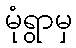
မုံရွာမှ